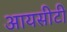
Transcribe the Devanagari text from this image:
आयसीटी